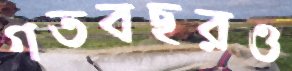
গতবছরও